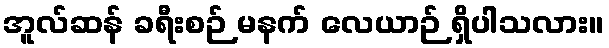
အူလ်ဆန် ခရီးစဉ် မနက် လေယာဉ် ရှိပါသလား။